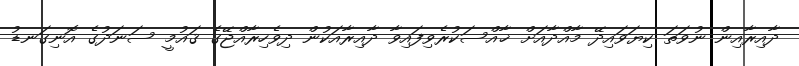
ދާއިރާއިން ނުވަތަ ކިޔަވައިދޭ މާއްދާއަށް ޚާއްސަކުރެވިފައިވާ ދާއިރާއަކުން ދިވެހިރާއްޖޭގެ ޤައުމީ ސަނަދުގެ އޮނިގަނޑު